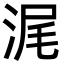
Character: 浘